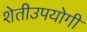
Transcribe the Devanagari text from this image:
शेतीउपयोगी